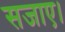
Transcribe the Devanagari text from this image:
सजाए।